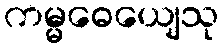
ကမ္မဓေယျေသု